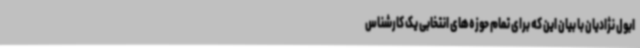
ابول نژادیان با بیان این که برای تمام حوزه‌های انتخابی یک کارشناس